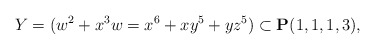
\begin{align*}Y=(w^2+x^3w=x^6+xy^5+yz^5)\subset {\bf P}(1,1,1,3), \end{align*}